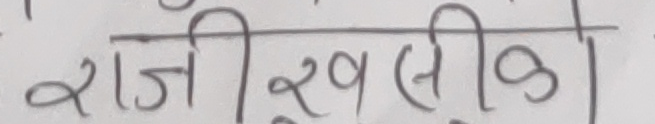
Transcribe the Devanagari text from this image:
राजीखुसीको